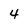
Character: 4